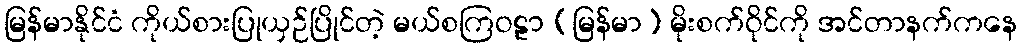
မြန်မာနိုင်ငံ ကိုယ်စားပြုယှဉ်ပြိုင်တဲ့ မယ်စကြဝဠာ (မြန်မာ) မိုးစက်ဝိုင်ကို အင်တာနက်ကနေ